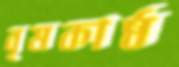
বৃষকাষ্ঠ